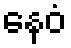
နေဝံ